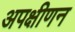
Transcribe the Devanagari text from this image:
अपक्षीणन